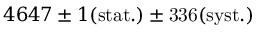
4 6 4 7 \pm 1 \mathrm { { ( s t a t . ) } \pm 3 3 6 \mathrm { { ( s y s t . ) } } }